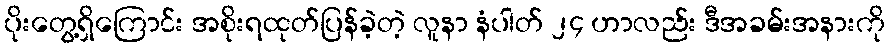
ပိုးတွေ့ရှိကြောင်း အစိုးရထုတ်ပြန်ခဲ့တဲ့ လူနာ နံပါတ် ၂၄ ဟာလည်း ဒီအခမ်းအနားကို